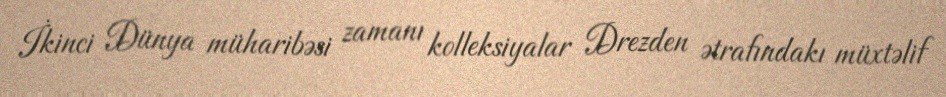
İkinci Dünya müharibəsi zamanı kolleksiyalar Drezden ətrafındakı müxtəlif